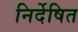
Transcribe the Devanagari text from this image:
निर्देषित